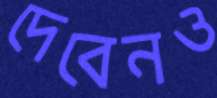
দেবেনও